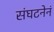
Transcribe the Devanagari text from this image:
संघटनेनं